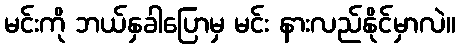
မင်းကို ဘယ်နှခါပြောမှ မင်း နားလည်နိုင်မှာလဲ။